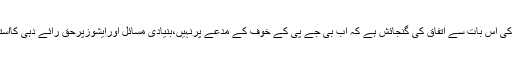
تجزیہ نگاروں کی اس بات سے اتفاق کی گنجائش ہے کہ اب بی جے پی کے خوف کے مدعے پرنہیں،بنیادی مسائل اورایشوزپرحق رائے دہی کااستعمال کیاجائے۔